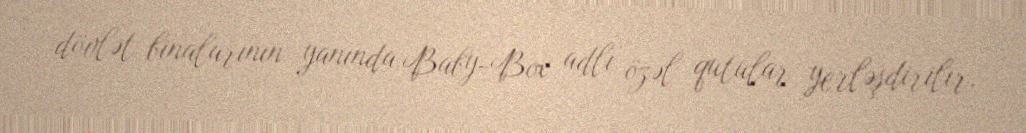
dövlət binalarının yanında Baby-Box adlı özəl qutular yerləşdirilir.